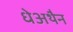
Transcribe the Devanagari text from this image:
धेअथैन